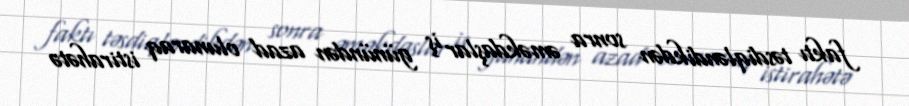
faktı təsdiqləndikdən sonra əməkdaşlar iş günündən azad olunaraq istirahətə